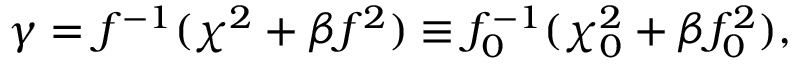
\gamma = f ^ { - 1 } ( \chi ^ { 2 } + \beta f ^ { 2 } ) \equiv f _ { 0 } ^ { - 1 } ( \chi _ { 0 } ^ { 2 } + \beta f _ { 0 } ^ { 2 } ) ,